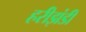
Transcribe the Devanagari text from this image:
हरीझंडी